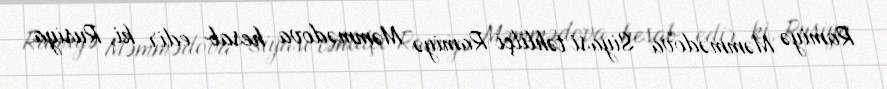
Ramiyə Məmmədova Siyasi təhlilçi Ramiyə Məmmədova hesab edir ki, Rusiya